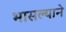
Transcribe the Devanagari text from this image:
भासल्याने